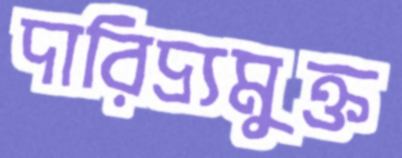
দারিদ্র্যমুক্ত